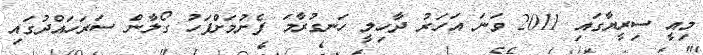
މިއީ ސިރީޔާގައި 2011 ވަނަ އަހަރު ދާހިލީ ހަނގުރާމަ ފެށުމަށްފަހު ގޯލާން ސަރަހައްދުގައި